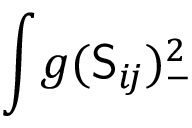
\int \! g ( \mathsf { S } _ { i \! j } ) _ { - } ^ { 2 }